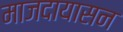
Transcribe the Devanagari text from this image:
माजदायासन